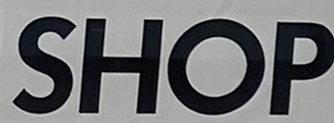
SHOP